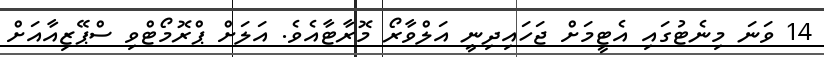
14 ވަނަ މިނެޓުގައި އެޓީމަށް ޖަހައިދިނީ އަލްވާރޯ މޮރާޓާއެވެ. އަލަށް ޕްރޮމޯޓްވި ސްޕޭޒިއާއަށް